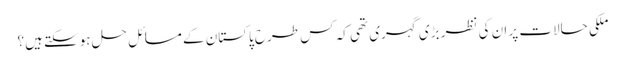
ملکی حالات پر ان کی نظر بڑی گہری تھی کہ کس طرح پاکستان کے مسائل حل ہوسکتے ہیں؟